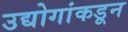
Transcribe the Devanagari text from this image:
उद्योगांकडून